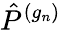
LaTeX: {\hat{P}}^{(g_{n})}